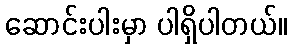
ဆောင်းပါးမှာ ပါရှိပါတယ်။